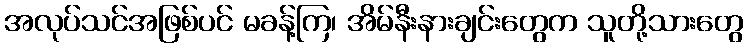
အလုပ်သင်အဖြစ်ပင် မခန့်ကြ၊ အိမ်နီးနားချင်းတွေက သူတို့သားတွေ